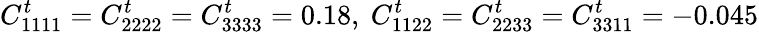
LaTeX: C_{1111}^{t}=C_{2222}^{t}=C_{3333}^{t}=0.18,~C_{1122}^{t}=C_{2233}^{t}=C_{3311}^{t}=-0.045